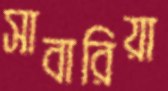
সাবারিয়া